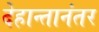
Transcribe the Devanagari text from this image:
देहान्तानंतर